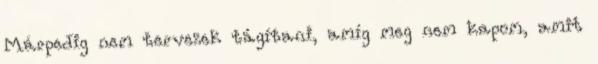
Márpedig nem tervezek tágítani, amíg meg nem kapom, amit